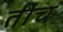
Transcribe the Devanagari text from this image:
तींच